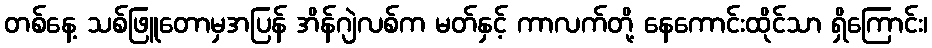
တစ်နေ့ သစ်ဖြူတောမှအပြန် အိန်ဂျဲလစ်က မတ်နှင့် ကာလက်တို့ နေကောင်းထိုင်သာ ရှိကြောင်း၊